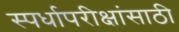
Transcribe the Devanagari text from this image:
स्पर्धापरीक्षांसाठी